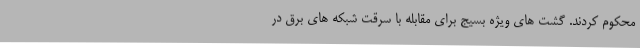
محکوم کردند. گشت های ویژه بسیج برای مقابله با سرقت شبکه های برق در